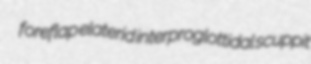
foreflap elaterid interproglottidal scuppit